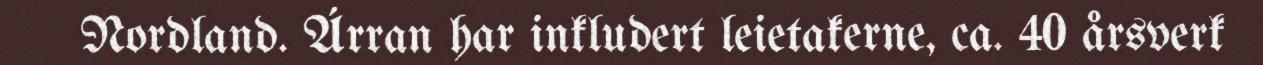
Nordland. Árran har inkludert leietakerne, ca. 40 årsverk